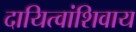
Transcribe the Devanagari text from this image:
दायित्वांशिवाय